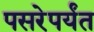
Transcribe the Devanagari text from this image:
पसरेपर्यंत